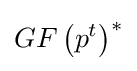
GF\left(p^{t}\right)^{*}